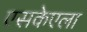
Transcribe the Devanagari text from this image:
एसकेएला